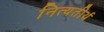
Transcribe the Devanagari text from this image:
नित्यतीर्थ